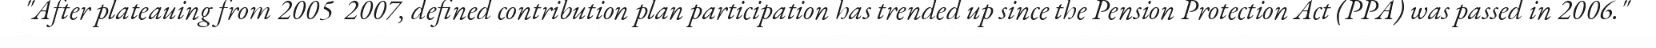
"After plateauing from 2005  2007, defined contribution plan participation has trended up since the Pension Protection Act (PPA) was passed in 2006."